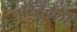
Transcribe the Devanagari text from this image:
पॅरेंतुचेली